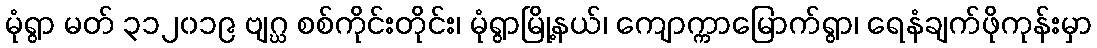
မုံရွာ မတ် ၃၁၂၀၁၉ ဗျဂ္ဃ စစ်ကိုင်းတိုင်း၊ မုံရွာမြို့နယ်၊ ကျောက္ကာမြောက်ရွာ၊ ရေနံချက်ဖိုကုန်းမှာ